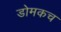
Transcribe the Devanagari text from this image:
डोमकच